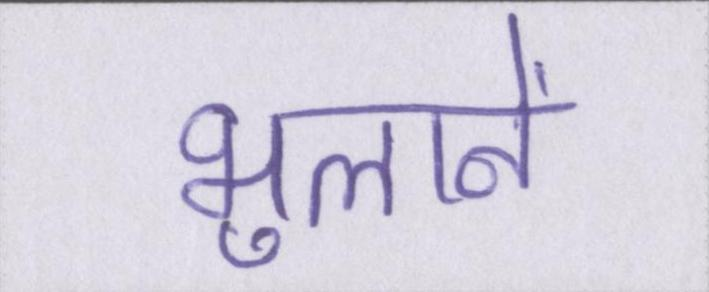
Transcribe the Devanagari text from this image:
भुलाने